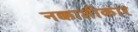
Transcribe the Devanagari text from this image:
नक्काशीकार